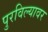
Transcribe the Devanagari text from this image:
पुरविल्यावर